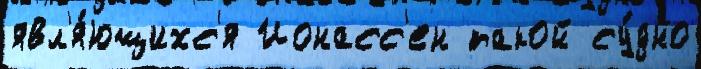
явл'я́ющихс'я Ионасс'ен такой су́дно